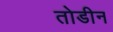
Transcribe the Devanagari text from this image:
तोडीन